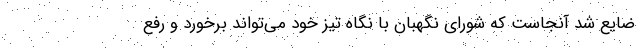
ضایع شد آنجاست که شورای نگهبان با نگاه تیز خود می‌تواند برخورد و رفع